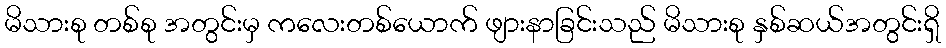
မိသားစု တစ်စု အတွင်းမှ ကလေးတစ်ယောက် ဖျားနာခြင်းသည် မိသားစု နှစ်ဆယ်အတွင်းရှိ